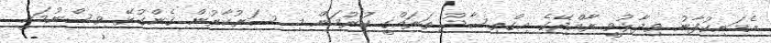
އެމަނިކުފާނު ވިދާޅުވީ ރާއްޖޭގެ އިގްތިސާދު ތަރައްގީ ކުރުމަން މި ސަރުކާރުން ގެންގުޅޭ ވިސްނުމަކީ